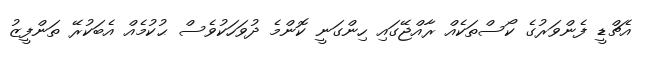
އެޗްޑީ ފެންވަރުގެ ކޯސްތަކެއް ރާއްޖޭގައި ހިންގަނީ ކޮންމެ ދުވަހަކުވެސް ޙުކުމެއް އެބަކުރޭ ތަންފީޒު